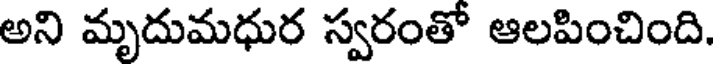
అని మృదుమధుర స్వరంతో ఆలపించింది.